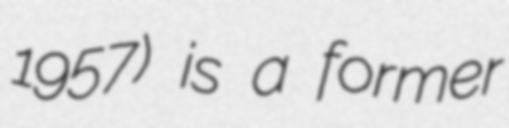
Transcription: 1957) is a former